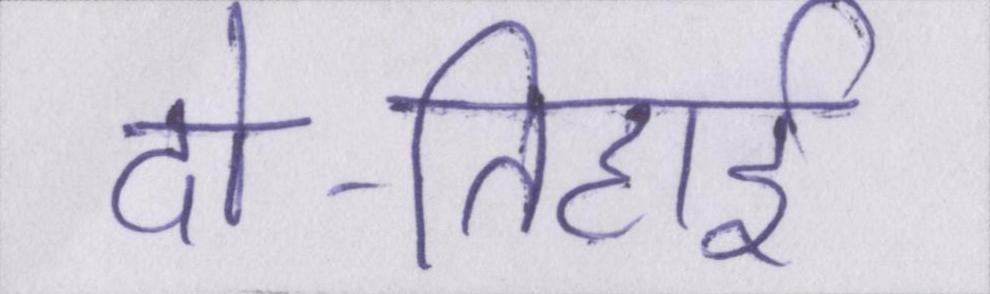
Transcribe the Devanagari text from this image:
दो-तिहाई